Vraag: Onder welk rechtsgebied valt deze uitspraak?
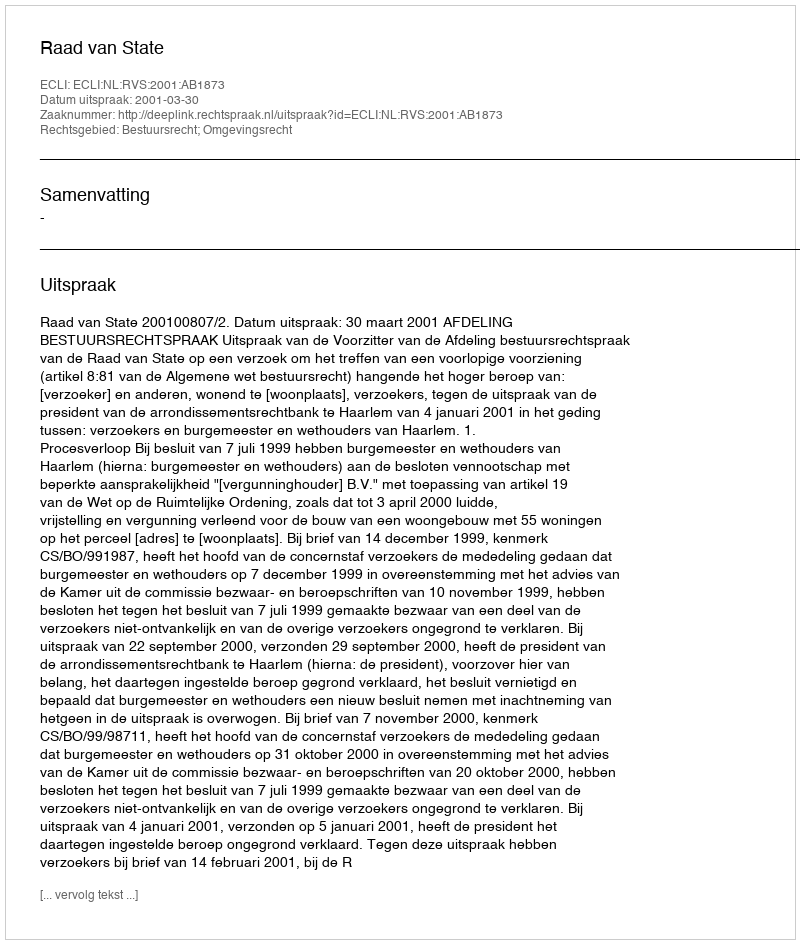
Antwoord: Bestuursrecht; Omgevingsrecht